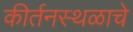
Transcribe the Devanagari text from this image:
कीर्तनस्थळाचे